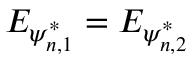
E _ { \psi _ { n , 1 } ^ { * } } = E _ { \psi _ { n , 2 } ^ { * } }